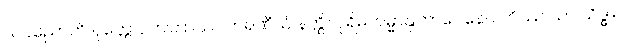
သပညောတိ ဝုတ္တော, တတြာဿ ကရဏီယံ နတ္ထိ။ ပုရိမကမ္မာနုဘာဝေနေဝ ဟိဿ သာ သိဒ္ဓါ။